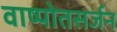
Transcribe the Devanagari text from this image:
वाष्पोतसर्जन